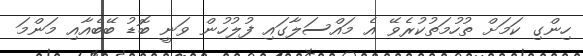
ހިންގި ކަމަށް ތުހުމަތުކުރެވޭ އެ މައްސަލާގައި ފުލުހުން ވަނީ ބޮޑު ބޭބެއާއި މަންމަ